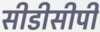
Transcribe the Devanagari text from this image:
सीडीसीपी